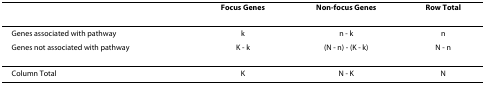
<table><thead><tr><td></td><td><b>Focus Genes</b></td><td><b>Non-focus Genes</b></td><td><b>Row Total</b></td></tr></thead><tbody><tr><td>Genes associated with pathway</td><td>k</td><td>n - k</td><td>n</td></tr><tr><td>Genes not associated with pathway</td><td>K - k</td><td>(N - n) - (K - k)</td><td>N - n</td></tr><tr><td>Column Total</td><td>K</td><td>N - K</td><td>N</td></tr></tbody></table>